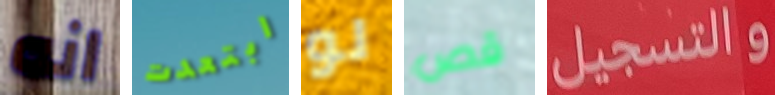
انه ابتعدت لو قص والتسجيل